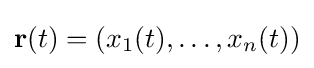
\mathbf {r} (t)=(x_{1}(t),\ldots ,x_{n}(t))